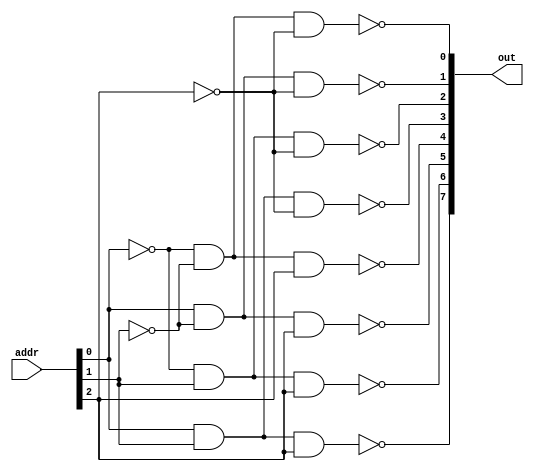
module logic_decoder_3_8 (
	input [2:0] addr,
	output [7:0] out
);

// 3-8assign
assign out[0] = !(!addr[0] & !addr[1] & !addr[2]);
assign out[1] = !(addr[0] & !addr[1] & !addr[2]);
assign out[2] = !(!addr[0] & addr[1] & !addr[2]);
assign out[3] = !(addr[0] & addr[1] & !addr[2]);
assign out[4] = !(!addr[0] & !addr[1] & addr[2]);
assign out[5] = !(addr[0] & !addr[1] & addr[2]);
assign out[6] = !(!addr[0] & addr[1] & addr[2]);
assign out[7] = !(addr[0] & addr[1] & addr[2]);
 
endmodule